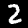
Digit: 2